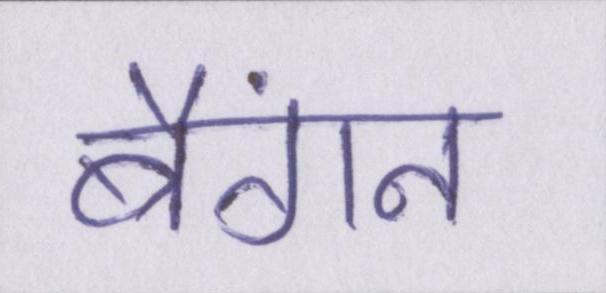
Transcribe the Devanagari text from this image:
बैंगन